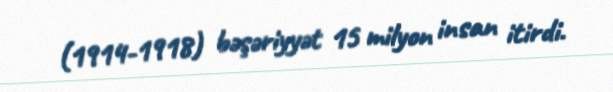
(1914-1918) bəşəriyyət 15 milyon insan itirdi.